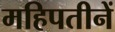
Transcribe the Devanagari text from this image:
महिपतीनें